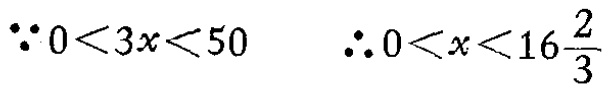
\(\because 0<3x<50\) \(\therefore 0<x<16\frac{2}{3}\)